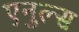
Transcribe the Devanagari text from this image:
एनुल्स